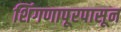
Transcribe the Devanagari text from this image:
शिंगणापूरपासून